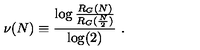
\nu ( N ) \equiv \frac { \log \frac { R _ { G } ( N ) } { R _ { G } ( \frac { N } { 2 } ) } } { \log ( 2 ) } \ .